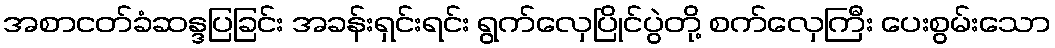
အစာငတ်ခံဆန္ဒပြခြင်း အခန်းရှင်းရင်း ရွက်လှေပြိုင်ပွဲတို့ စက်လှေကြီး ပေးစွမ်းသော